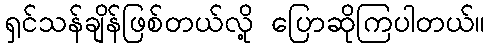
ရှင်သန်ချိန်ဖြစ်တယ်လို့ ပြောဆိုကြပါတယ်။